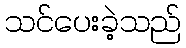
သင်ပေးခဲ့သည်